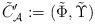
LaTeX: \begin{align*}\tilde {C}'_{\cal A} : =(\tilde{\Phi}, \tilde{\Upsilon} )\end{align*}